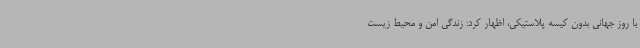
با روز جهانی بدون کیسه پلاستیکی، اظهار کرد: زندگی امن و محیط زیست